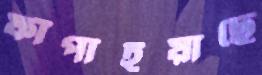
ফাঁপাইয়াছে